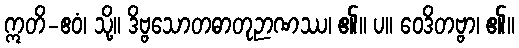
ဣတိ-ဧဝံ၊ သို့။ ဒိဗ္ဗသောတဓာတုဉာဏဿ၊ ၏။ ပ။ ဝေဒိတဗ္ဗာ၊ ၏။